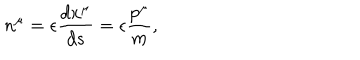
n ^ { \mu } = \epsilon \frac { d x ^ { \mu } } { d s } = \epsilon \frac { p ^ { \mu } } m ,